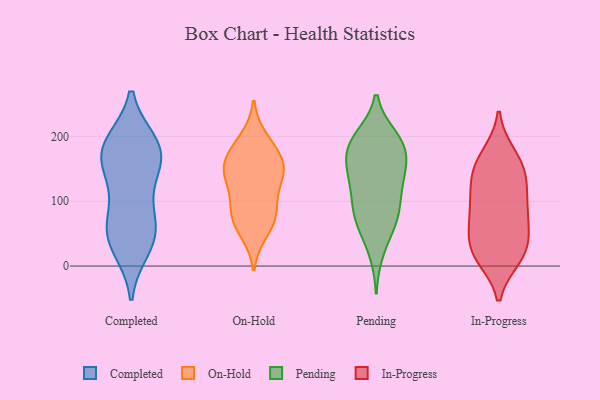
{"axis": {"x": "Satisfaction Score", "y": "Value"}, "legend": ["Completed", "In-Progress", "On-Hold", "Pending"], "data": [{"x": "", "y": 61, "type": "Completed"}, {"x": "", "y": 182, "type": "Completed"}, {"x": "", "y": 143, "type": "Completed"}, {"x": "", "y": 189, "type": "Completed"}, {"x": "", "y": 44, "type": "Completed"}, {"x": "", "y": 28, "type": "Completed"}, {"x": "", "y": 182, "type": "Completed"}, {"x": "", "y": 41, "type": "Completed"}, {"x": "", "y": 149, "type": "Completed"}, {"x": "", "y": 65, "type": "Completed"}, {"x": "", "y": 167, "type": "Completed"}, {"x": "", "y": 97, "type": "Completed"}, {"x": "", "y": 186, "type": "Completed"}, {"x": "", "y": 133, "type": "On-Hold"}, {"x": "", "y": 91, "type": "On-Hold"}, {"x": "", "y": 149, "type": "On-Hold"}, {"x": "", "y": 169, "type": "On-Hold"}, {"x": "", "y": 51, "type": "On-Hold"}, {"x": "", "y": 160, "type": "On-Hold"}, {"x": "", "y": 190, "type": "On-Hold"}, {"x": "", "y": 166, "type": "On-Hold"}, {"x": "", "y": 58, "type": "On-Hold"}, {"x": "", "y": 73, "type": "On-Hold"}, {"x": "", "y": 142, "type": "On-Hold"}, {"x": "", "y": 92, "type": "On-Hold"}, {"x": "", "y": 82, "type": "On-Hold"}, {"x": "", "y": 198, "type": "On-Hold"}, {"x": "", "y": 145, "type": "On-Hold"}, {"x": "", "y": 122, "type": "On-Hold"}, {"x": "", "y": 183, "type": "Pending"}, {"x": "", "y": 197, "type": "Pending"}, {"x": "", "y": 164, "type": "Pending"}, {"x": "", "y": 191, "type": "Pending"}, {"x": "", "y": 189, "type": "Pending"}, {"x": "", "y": 199, "type": "Pending"}, {"x": "", "y": 22, "type": "Pending"}, {"x": "", "y": 55, "type": "Pending"}, {"x": "", "y": 78, "type": "Pending"}, {"x": "", "y": 123, "type": "Pending"}, {"x": "", "y": 151, "type": "Pending"}, {"x": "", "y": 76, "type": "Pending"}, {"x": "", "y": 125, "type": "Pending"}, {"x": "", "y": 83, "type": "Pending"}, {"x": "", "y": 80, "type": "Pending"}, {"x": "", "y": 145, "type": "Pending"}, {"x": "", "y": 122, "type": "Pending"}, {"x": "", "y": 165, "type": "Pending"}, {"x": "", "y": 53, "type": "In-Progress"}, {"x": "", "y": 143, "type": "In-Progress"}, {"x": "", "y": 13, "type": "In-Progress"}, {"x": "", "y": 155, "type": "In-Progress"}, {"x": "", "y": 18, "type": "In-Progress"}, {"x": "", "y": 136, "type": "In-Progress"}, {"x": "", "y": 56, "type": "In-Progress"}, {"x": "", "y": 67, "type": "In-Progress"}, {"x": "", "y": 172, "type": "In-Progress"}, {"x": "", "y": 25, "type": "In-Progress"}, {"x": "", "y": 169, "type": "In-Progress"}, {"x": "", "y": 94, "type": "In-Progress"}, {"x": "", "y": 129, "type": "In-Progress"}, {"x": "", "y": 93, "type": "In-Progress"}, {"x": "", "y": 81, "type": "In-Progress"}, {"x": "", "y": 13, "type": "In-Progress"}, {"x": "", "y": 27, "type": "In-Progress"}, {"x": "", "y": 114, "type": "In-Progress"}]}